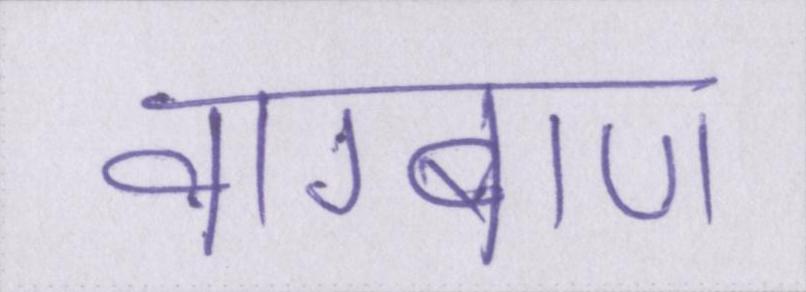
वाग्बाण